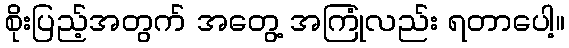
စိုးပြည့်အတွက် အတွေ့ အကြုံလည်း ရတာပေါ့။